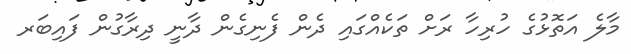
މާލެ އަތޮޅުގެ ހުރިހާ ރަށް ތަކެއްގައި ދެން ފެނިގެން ދާނީ ދިރާގުން ފައިބަރ